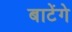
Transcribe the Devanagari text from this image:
बाटेंगे